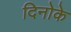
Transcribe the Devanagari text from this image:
दिनोके